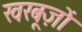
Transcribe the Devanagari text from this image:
खरबूज़ों